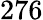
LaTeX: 276